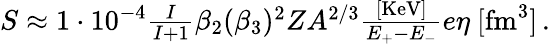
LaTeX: \begin{array}{r}{S\approx 1\cdot 10^{-4}\frac{I}{I+1}\beta_{2}(\beta_{3})^{2}ZA^{2/3}\frac{[\mathrm{{KeV}]}}{E_{+}-E_{-}}e\eta\ [\mathrm{{fm}^{3}]\, .}}\end{array}